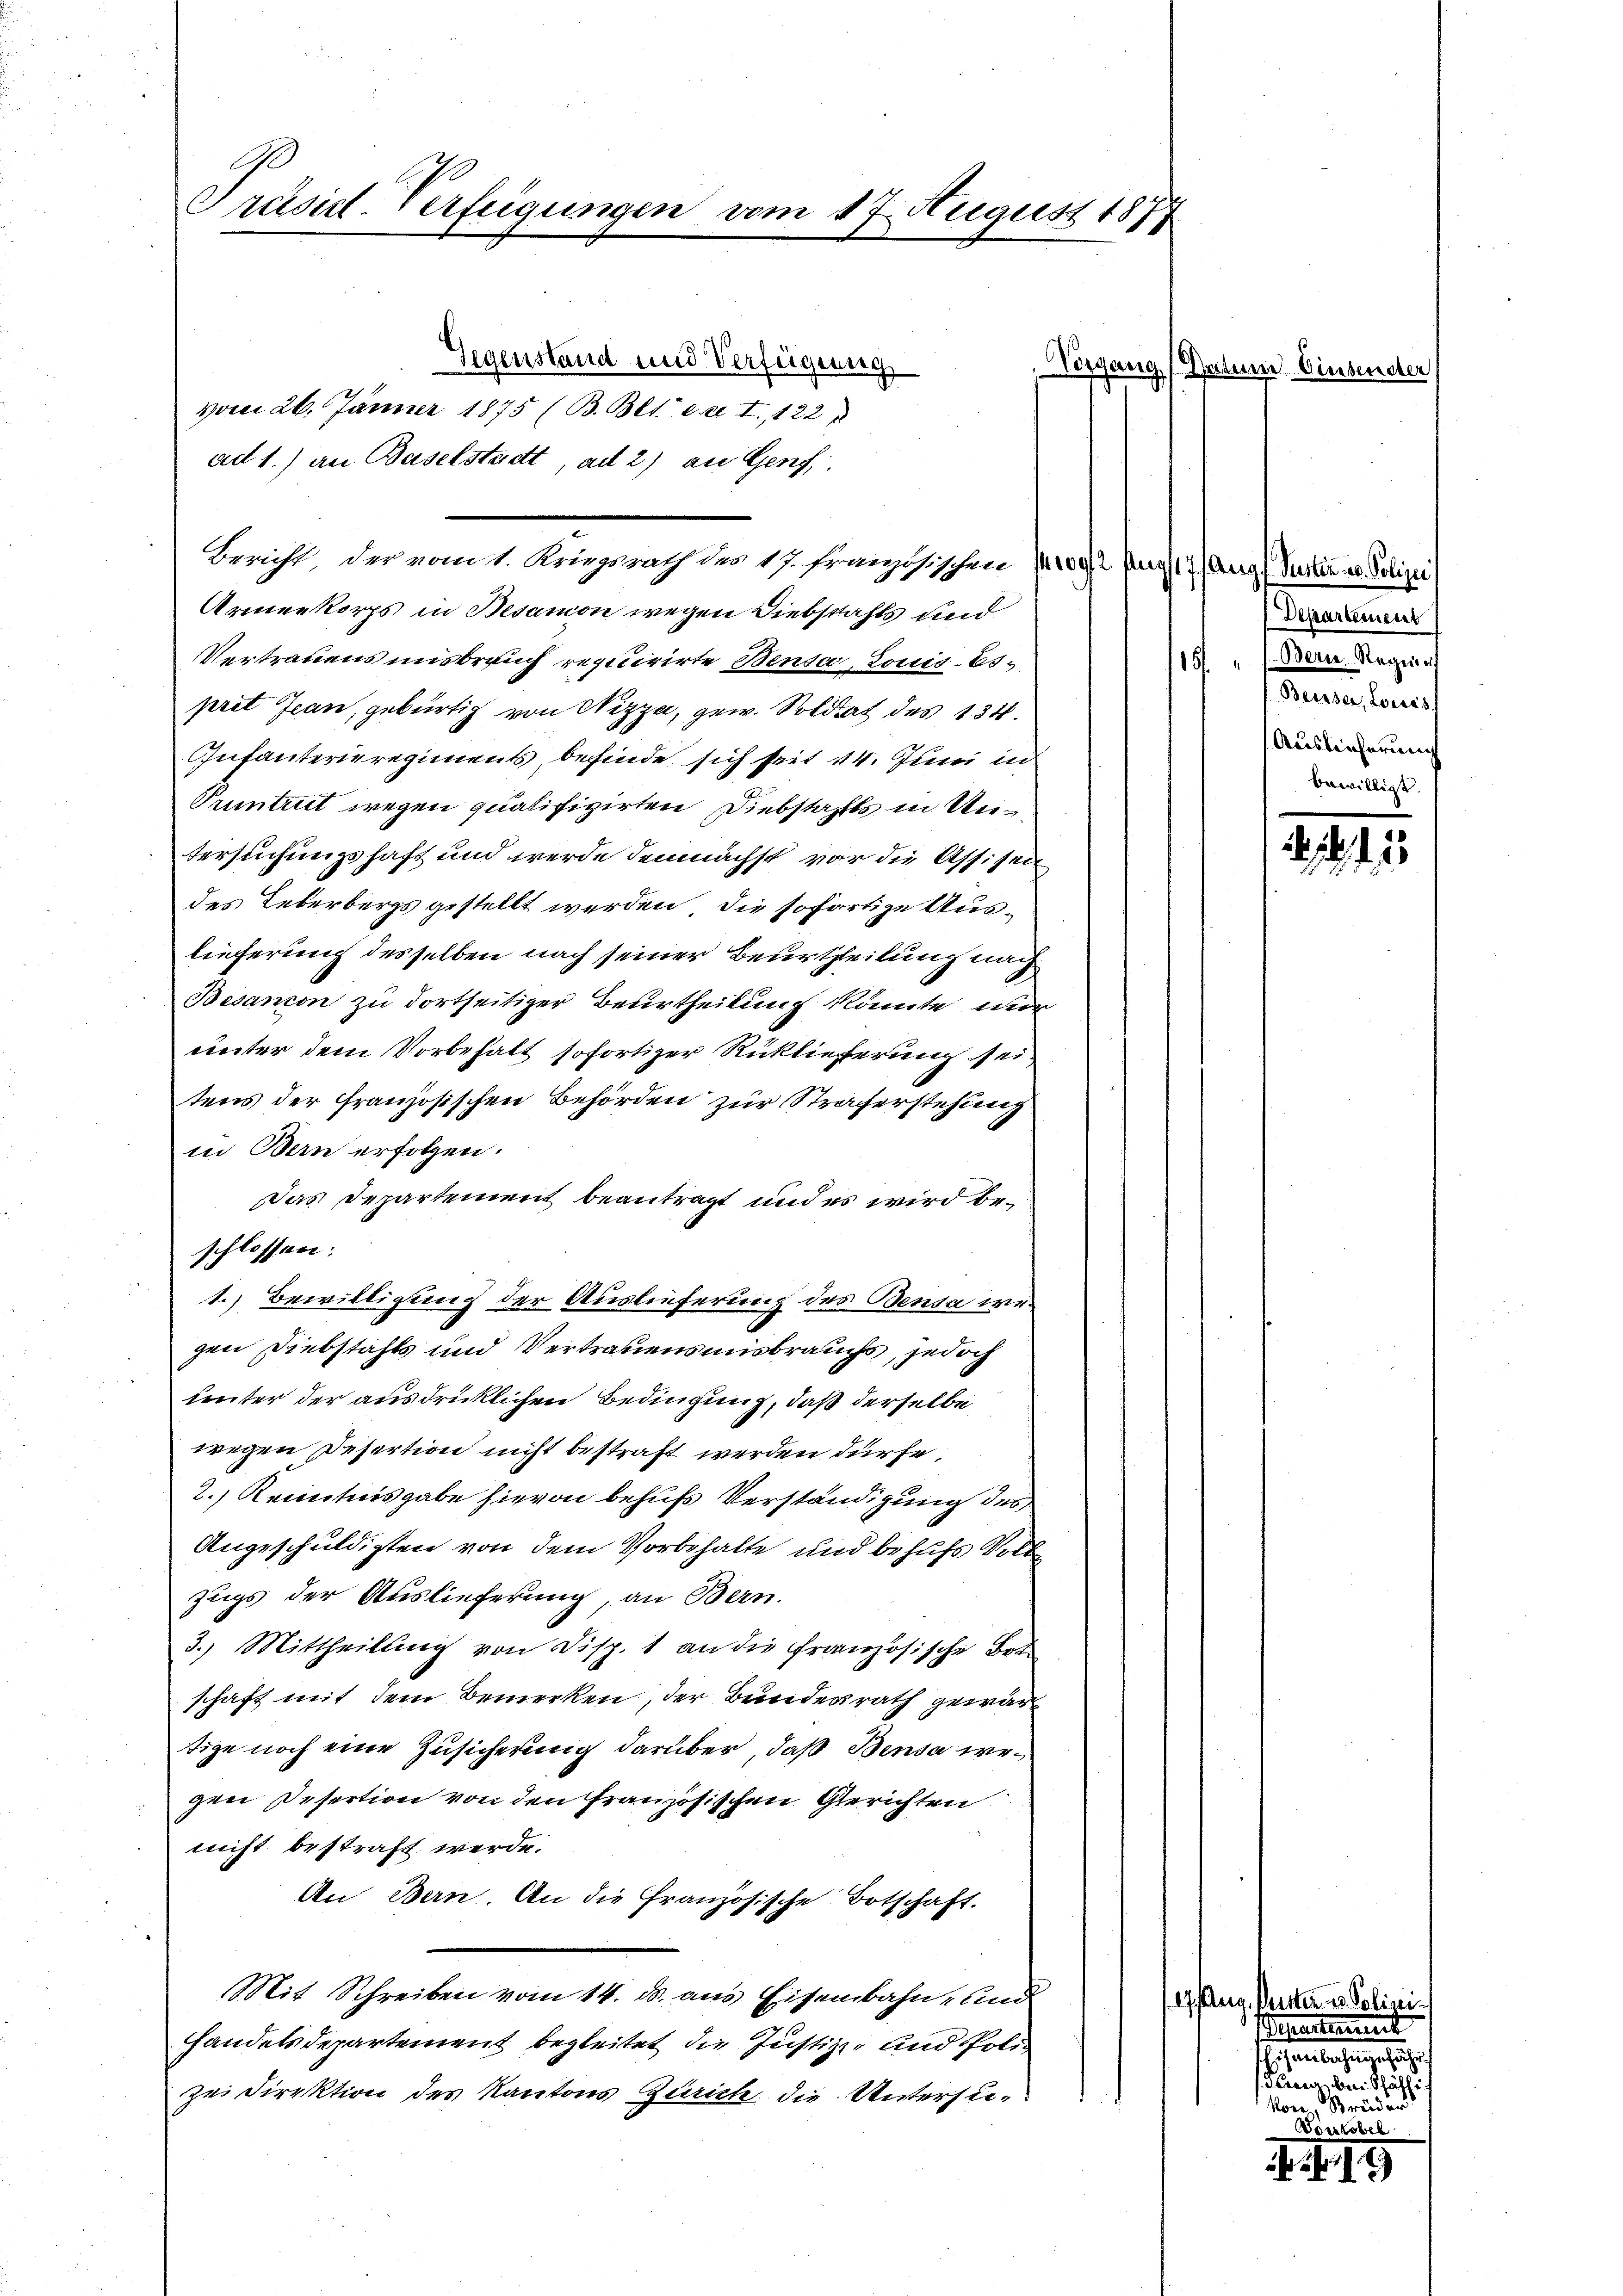
Präsidl-Verfügungen vom 17. August 1877

Gegenstand und Verfügung
vom 26. Jänner 1875 (B. Beter I., 122 f
ad 1.) an Baselstadt, ad 2) an Genf
Bericht, der vom 1. Kriegsrath des 17. französischen 1209, 2 Pays 7 (Arg (Surtin u. Polizei
Armenkorps in Besamon wegen Diebstahls und
Vertrauens unsbrauch requirirte Bensa Louis-Esprit Jean, gebürtig von Nizza, gew. Soldat des 134.
Infanterieregiments, befinde sich seit 14. Juni in
Puntrut wegen qualifizirten Diebstahls in Untersuchungshaft und werde demnächst vor die Assisen
des Leberbergs gestellt werden, die sofortige Auslieferung desselben nach seiner Beurtheilung nach
Besandon zu dortseitiger Beurtheilung könnte mir
unter dem Vorbehalt sofortiger Rücklieferung sei
tens der französischen Behörden zur Straferstehung
in Bern erfolgen.
das Departement beantragt und es wird beschlossen:
1.) Bewilligung der Auslieferung des Bensa wegen Diebstahls und Vertrauensmisbrauchs, jedoch
unter der ausdrücklichen Bedingung, daß derselbe
wegen Desertion nicht bestraft werden dürfe.
2.) Kenntnisgabe hievon behufs Verständigung des
Angeschuldigten von dem Vorbehalte und behufs Voll
zugs der Auslieferung, an Bern.
3.) Mittheilung von Disp. 1 an die französische Bot
schaft mit dem Bemerken, der Bundesrath gewärtige noch eine Zusicherung darüber, daß Bensa wegen Desertion von den Französischen Gerichten
nicht bestraft werde.
An Bern. An die Französische Botschaft.
Mit Schreiben vom 14. ds. aus Eisenbahn, und
Handelsdepartement begleitet die Justiz- und Poli¬
Zei Direktion des Kantons Zürich die Untersu¬

Vorgang (Gretene Einse

Departement
(Bern. Regier
1
Beusser, Loisés.
Auslieferung
bewilligt.

114 Aug. Peter
earte
n
Preis be
Von 8

. . 15

d
dar